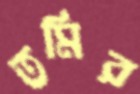
তমির